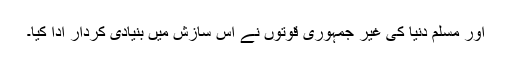
اور مسلم دنیا کی غیر جمہوری قوتوں نے اس سازش میں بنیادی کردار ادا کیا۔